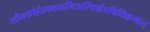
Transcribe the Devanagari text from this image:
शौनकोहंप्रवक्ष्यामिअस्थिक्षेपविधिंक्रमात्